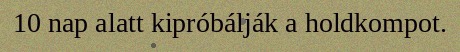
10 nap alatt kipróbálják a holdkompot.